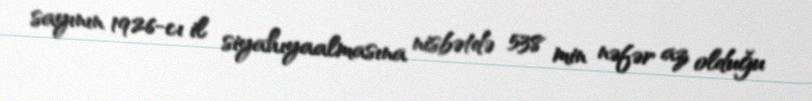
sayının 1926-cı il siyahıyaalmasına nisbətdə 538 min nəfər az olduğu